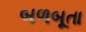
બળબૂતા